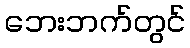
ဘေးဘက်တွင်